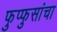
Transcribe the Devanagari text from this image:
फुप्फुसांचा